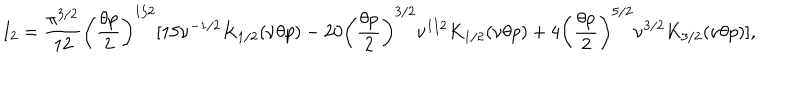
LaTeX: I _ { 2 } = \frac { \pi ^ { 3 / 2 } } { 1 2 } \biggl ( \frac { \theta p } { 2 } \biggr ) ^ { 1 / 2 } [ 1 5 \nu ^ { - 1 / 2 } K _ { 1 / 2 } ( \nu \theta p ) - 2 0 \biggl ( \frac { \theta p } { 2 } \biggr ) ^ { 3 / 2 } \nu ^ { 1 / 2 } K _ { 1 / 2 } ( \nu \theta p ) + 4 \biggl ( \frac { \theta p } { 2 } \biggr ) ^ { 5 / 2 } \nu ^ { 3 / 2 } K _ { 3 / 2 } ( \nu \theta p ) ] ,